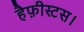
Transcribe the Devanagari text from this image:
हैफ़ीस्टस।